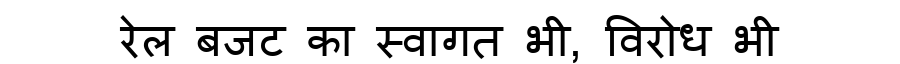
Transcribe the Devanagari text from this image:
रेल बजट का स्वागत भी, विरोध भी